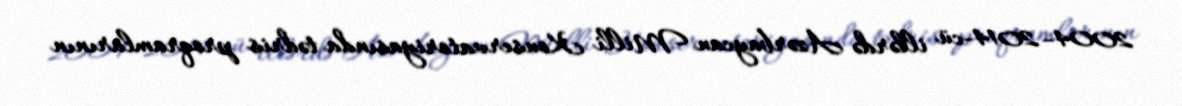
2004–2014-cü illərdə Azərbaycan Milli Konservatoriyasında tədris proqramlarının